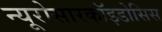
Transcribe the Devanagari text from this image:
न्यूरोसारकॉइडोसिस